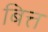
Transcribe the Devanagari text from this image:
बित्त